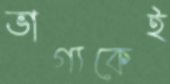
ভাগ্যকেই